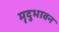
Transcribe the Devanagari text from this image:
मृदुभावन